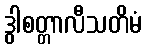
ဒွါစတ္တာလီသတိမံ